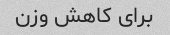
برای کاهش وزن